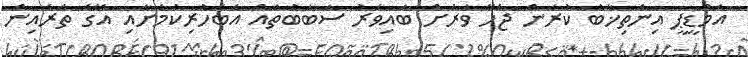
އެމްޑީޕީ އިންތިޚާބު ކުރަން ޖެހޭ ވަރަށް ބައިވަރު ސަބަބުތައް އެބަހުރިކަމަށާއި އޭގެ ތެރެއިން